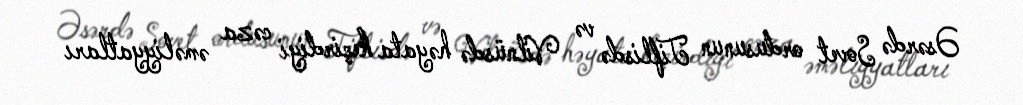
Əsərdə Sovet ordusunun Tiflisdə və Vilnüsdə həyata keçirdiyi cəza əməliyyatları